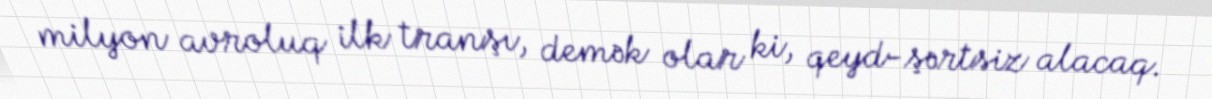
milyon avroluq ilk tranşı, demək olar ki, qeyd-şərtsiz alacaq.